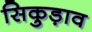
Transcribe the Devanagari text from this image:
सिकुड़ाव